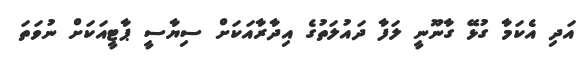
އަދި އެކަމާ ގުޅޭ ގާނޫނީ ލަފާ ދައުލަތުގެ އިދާރާއަކަށް ސިޔާސީ ޕާޓީއަކަށް ނުވަތަ